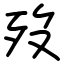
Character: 歿